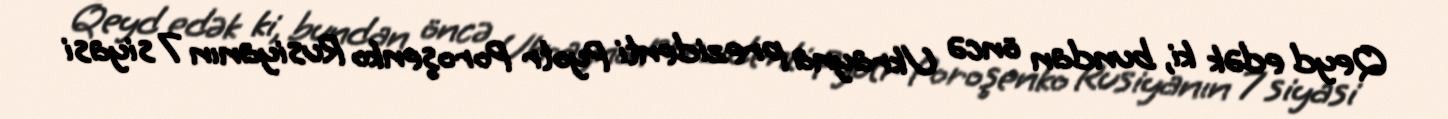
Qeyd edək ki, bundan öncə Ukrayna prezidenti Pyotr Poroşenko Rusiyanın 7 siyasi